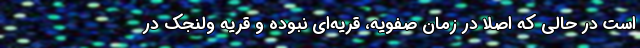
است در حالی که اصلاً در زمان صفویه، قریه‌ای نبوده و قریه ولنجک در